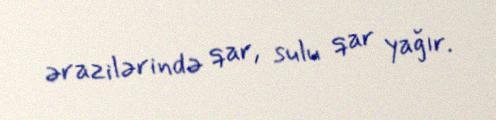
ərazilərində qar, sulu qar yağır.